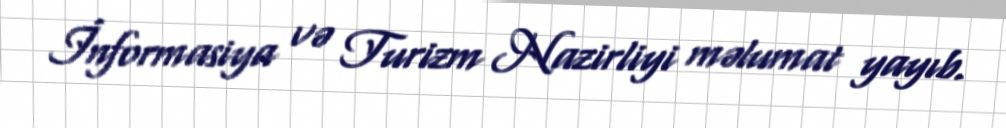
İnformasiya və Turizm Nazirliyi məlumat yayıb.